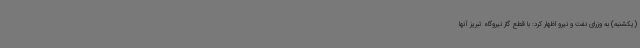
(یکشنبه) به وزرای نفت و نیرو اظهار کرد: با قطع گاز نیروگاه تبریز آنها